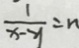
\frac { 1 } { x - y } = n